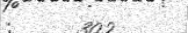
:     302